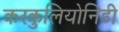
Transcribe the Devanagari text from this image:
करकुलियोनिडी